Treatise on elephants
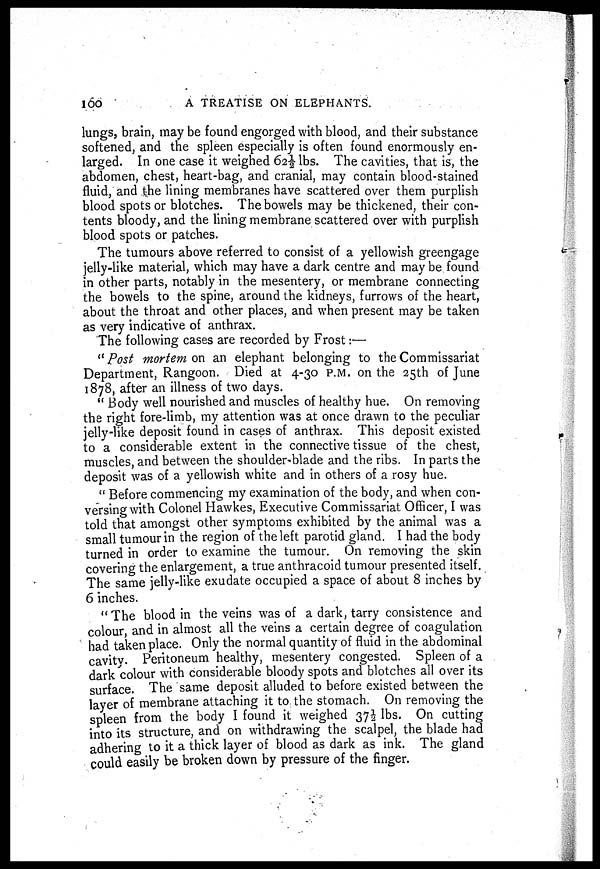
100
A TREATISE ON ELEPHANTS.
lungs, brain, may be found engorged with blood, and their substance
softened, and the spleen especially is often found enormously en-
larged. In one case it weighed 62½ lbs. The cavities, that is, the
abdomen, chest, heart-bag, and cranial, may contain blood-stained
fluid, and the lining membranes have scattered over them purplish
blood spots or blotches. The bowels may be thickened, their con-
tents bloody, and the lining membrane scattered over with purplish
blood spots or patches.
The tumours above referred to consist of a yellowish greengage
jelly-like material, which may have a dark centre and may be found
in other parts, notably in the mesentery, or membrane connecting
the bowels to the spine, around the kidneys, furrows of the heart,
about the throat and other places, and when present may be taken
as very indicative of anthrax.
The following cases are recorded by Frost:—
" Post mortem on an elephant belonging to the Commissariat
Department, Rangoon. Died at 4-30 P.M. on the 25th of June
1878, after an illness of two days.
" Body well nourished and muscles of healthy hue. On removing
the right fore-limb, my attention was at once drawn to the peculiar
jelly-like deposit found in cases of anthrax. This deposit existed
to a considerable extent in the connective tissue of the chest,
muscles, and between the shoulder-blade and the ribs. In parts the
deposit was of a yellowish white and in others of a rosy hue.
" Before commencing my examination of the body, and when con-
versing with Colonel Hawkes, Executive Commissariat Officer, I was
told that amongst other symptoms exhibited by the animal was a
small tumour in the region of the left parotid gland. I had the body
turned in order to examine the tumour. On removing the skin
covering the enlargement, a true anthracoid tumour presented itself.
The same jelly-like exudate occupied a space of about 8 inches by
6 inches.
" The blood in the veins was of a dark, tarry consistence and
colour and in almost all the veins a certain degree of coagulation
had taken place. Only the normal quantity of fluid in the abdominal
cavity. Peritoneum healthy, mesentery congested. Spleen of a
dark colour with considerable bloody spots and blotches all over its
surface. The same deposit alluded to before existed between the
layer of membrane attaching it to the stomach. On removing the
spleen from the body I found it weighed 37½ lbs. On cutting
into its structure, and on withdrawing the scalpel, the blade had
adhering to it a thick layer of blood as dark as ink. The gland
could easily be broken down by pressure of the finger.